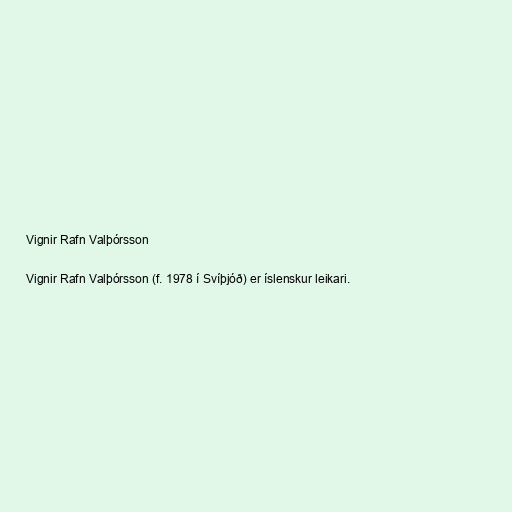
Vignir Rafn Valþórsson

Vignir Rafn Valþórsson (f. 1978 í Svíþjóð) er íslenskur leikari.